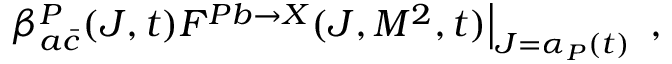
\left. \beta _ { a \bar { c } } ^ { P } ( J , t ) F ^ { P b \to X } ( J , M ^ { 2 } , t ) \right| _ { J = \alpha _ { P } ( t ) } ~ ,